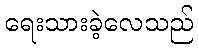
ရေးသားခဲ့လေသည်